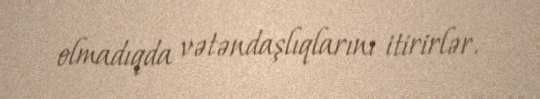
olmadıqda vətəndaşlıqlarını itirirlər.